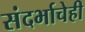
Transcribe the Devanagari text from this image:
संदर्भाचेही